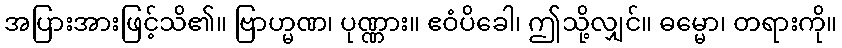
အပြားအားဖြင့်သိ၏။ ဗြာဟ္မဏ၊ ပုဏ္ဏား။ ဧဝံပိခေါ၊ ဤသို့လျှင်။ ဓမ္မော၊ တရားကို။